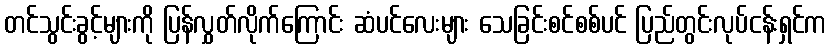
တင်သွင်းခွင့်များကို ပြန်လွှတ်လိုက်ကြောင်း ဆံပင်လေးများ သေခြင်းစင်စစ်ပင် ပြည်တွင်းလုပ်ငန်းရှင်က